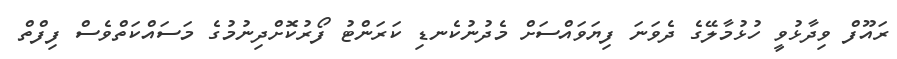
ރައޫފް ވިދާޅުވީ ހުޅުމާލޭގެ ދެވަނަ ފިޔަވައްސަށް މެދުނުކެނޑި ކަރަންޓު ފޯރުކޮށްދިނުމުގެ މަސައްކަތްވެސް ފިފްތް